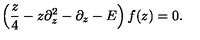
\left( { \frac { z } { 4 } } - z \partial _ { z } ^ { 2 } - \partial _ { z } - E \right) f ( z ) = 0 .